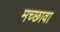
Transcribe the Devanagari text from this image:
मच्छावा